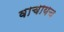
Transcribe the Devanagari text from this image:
वाचायच